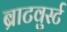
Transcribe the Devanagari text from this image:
ब्राटवुर्स्ट